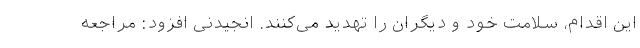
این اقدام، سلامت خود و دیگران را تهدید می‌کنند. انجیدنی افزود: مراجعه